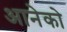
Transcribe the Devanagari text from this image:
आनेको